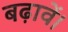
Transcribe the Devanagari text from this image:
बढ़ावें।